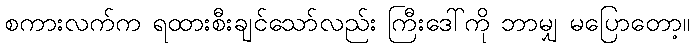
စကားလက်က ရထားစီးချင်သော်လည်း ကြီးဒေါ်ကို ဘာမျှ မပြောတော့။